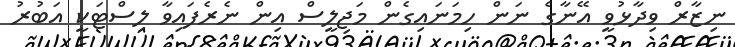
ނިޒާރް ވިދާޅުވީ އޭނާގެ ނަން ހިމަނައިގެން މަޖިލީސް އިން ނެރެފައިވާ ލިސްޓަކީ އަބުރު